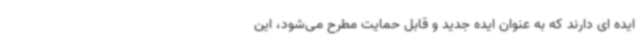
ایده ای دارند که به عنوان ایده جدید و قابل حمایت مطرح می‌شود، این